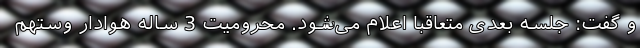
و گفت: جلسه بعدی متعاقبا اعلام می‌شود. محرومیت 3 ساله هوادار وستهم